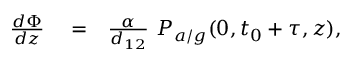
\begin{array} { r l r } { \frac { d \Phi } { d z } } & { { } = } & { \frac { \alpha } { d _ { 1 2 } } \ P _ { a / g } ( 0 , t _ { 0 } + \tau , z ) , } \end{array}